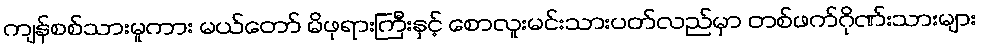
ကျန်စစ်သားမူကား မယ်တော် မိဖုရားကြီးနှင့် စောလူးမင်းသားပတ်လည်မှာ တစ်ဖက်ဂိုဏ်းသားများ